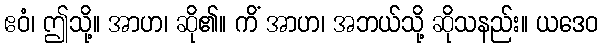
ဧဝံ၊ ဤသို့။ အာဟ၊ ဆို၏။ ကိံ အာဟ၊ အဘယ်သို့ ဆိုသနည်း။ ယဒေဝ